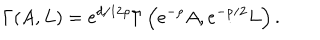
LaTeX: \Gamma ( A , L ) = { e ^ { d / 1 2 \rho } } \Gamma \left( { e ^ { - \rho } } A , { e ^ { - \rho / 2 } } L \right) .